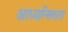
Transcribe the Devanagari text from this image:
आध्यत्मिकता